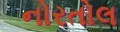
નોરતોલ